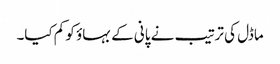
ماڈل کی ترتیب نے پانی کے بہاؤ کو کم کیا۔